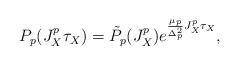
LaTeX: \begin{align*}P_p (J_X^p \tau_X)= \tilde P_p (J_X^p) e^{\frac{\mu_p}{\Delta_p^2} J_X^p \tau_X },\end{align*}